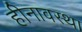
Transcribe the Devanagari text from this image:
हीनावस्था